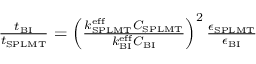
\begin{array} { r } { \frac { t _ { \mathrm { B I } } } { t _ { \mathrm { S P L M T } } } = \left( \frac { k _ { \mathrm { S P L M T } } ^ { \mathrm { e f f } } C _ { \mathrm { S P L M T } } } { k _ { \mathrm { B I } } ^ { \mathrm { e f f } } C _ { \mathrm { B I } } } \right) ^ { 2 } \frac { \epsilon _ { \mathrm { S P L M T } } } { \epsilon _ { \mathrm { B I } } } } \end{array}